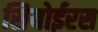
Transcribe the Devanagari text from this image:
सियोईरस